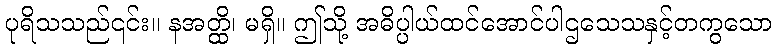
ပုရိသသည်၎င်း။ နအတ္ထိ၊ မရှိ။ ဤသို့ အဓိပ္ပါယ်ထင်အောင်ပါဌသေသနှင့်တကွသော